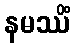
နမဿိံ